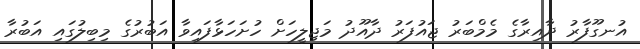
އުނގޫފާރު ދާއިރާގެ މެމްބަރު ޖައުފަރު ދާއޫދު މަޖިލީހަށް ހުށަހަޅާފައިވާ އަބުރުގެ މިބިލުގައި އަބުރާ